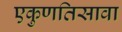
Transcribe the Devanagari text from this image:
एकुणतिसावा